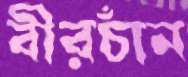
বীরচাঁন